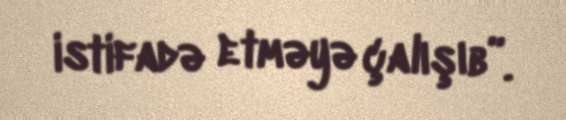
istifadə etməyə çalışıb”.